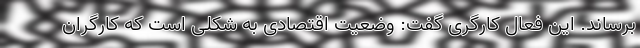
برساند. این فعال کارگری گفت: وضعیت اقتصادی به شکلی است که کارگران